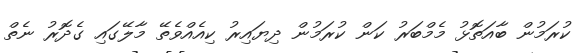
ކުރަމުން ބާއަތޮޅު މެމްބަރު ކަން ކުރަމުން ދިޔައިރު ކިއެއްވެތޭ މާލޭގައި ގެދޮރު ނެތް